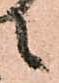
候